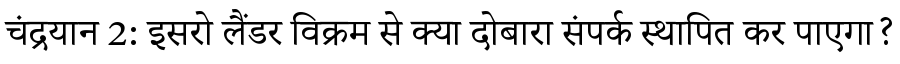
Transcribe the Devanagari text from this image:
चंद्रयान 2: इसरो लैंडर विक्रम से क्या दोबारा संपर्क स्थापित कर पाएगा?